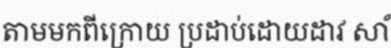
តាមមកពីក្រោយ ប្រដាប់ដោយដាវ សាំ